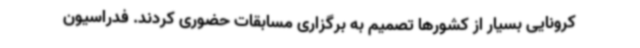
کرونایی بسیار از کشورها تصمیم به برگزاری مسابقات حضوری کردند. فدراسیون